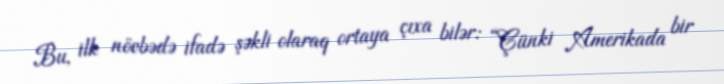
Bu, ilk növbədə ifadə şəkli olaraq ortaya çıxa bilər: “Çünki Amerikada bir